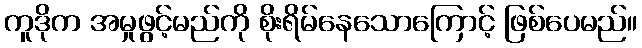
ကူဒိုက အမှုဖွင့်မည်ကို စိုးရိမ်နေသောကြောင့် ဖြစ်ပေမည်။